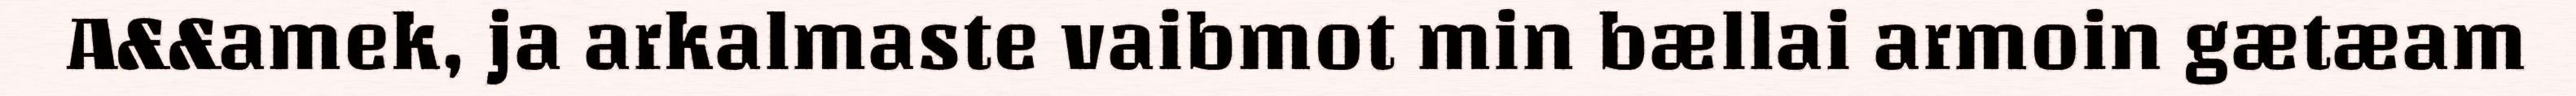
A&&amek, ja arkalmaste vaibmot min bællai armoin gætæam